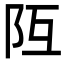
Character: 𨸧